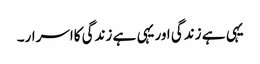
یہی ہے زندگی اوریہی ہے زندگی کااسرار۔